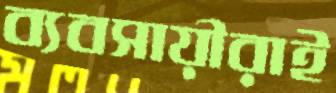
ব্যবসায়ীরাই